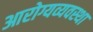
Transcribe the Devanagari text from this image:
आरोग्यव्यवस्था